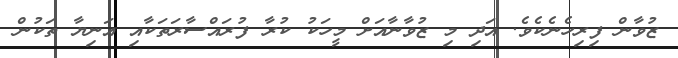
ޒުވާން ފިރިހެނެކެވެ. އަދި މި ޒުވާނާއަށް މީހަކު ކުރާ ފުރައްސާރަތަކާއި އަނިޔާ ތަކުން